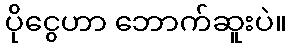
ပိုငွေဟာ ဘောက်ဆူးပဲ။